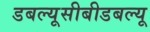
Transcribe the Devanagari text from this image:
डबल्यूसीबीडबल्यू